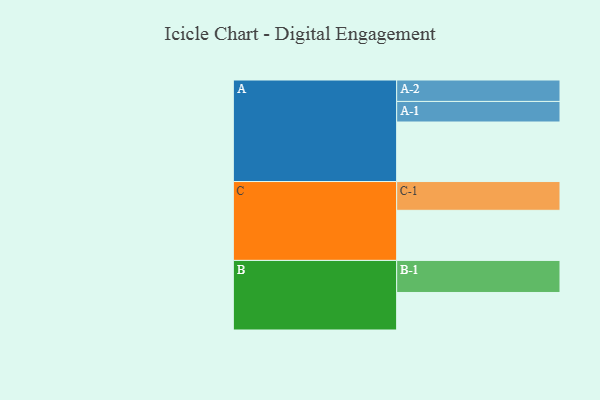
{"axis": {"x": "Segment", "y": "Value"}, "legend": ["", "A", "B", "C"], "data": [{"x": "A", "y": 544, "type": ""}, {"x": "B", "y": 343, "type": ""}, {"x": "C", "y": 458, "type": ""}, {"x": "A-1", "y": 188, "type": "A"}, {"x": "A-2", "y": 196, "type": "A"}, {"x": "B-1", "y": 293, "type": "B"}, {"x": "C-1", "y": 263, "type": "C"}]}